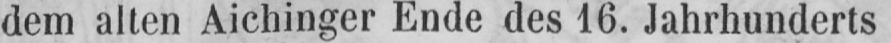
dem alten Aichinger Ende des 16. Jahrhunderts